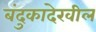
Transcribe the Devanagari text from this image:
बंदुकादेखील